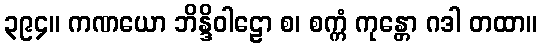
၃၉၄။ ကဏယော ဘိန္ဒိဝါဠော စ၊ စက္ကံ ကုန္တော ဂဒါ တထာ။